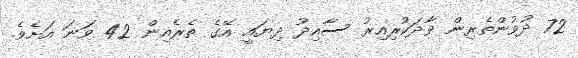
72 ދުވުންތެރިން ވާދަކުރިއިރު ސާއިދު ދިޔައީ އޭގެ ތެރެއިން 42 ވަނަ އަށެވެ.